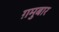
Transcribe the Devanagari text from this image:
ग़मुबार